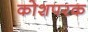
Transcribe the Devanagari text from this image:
कोशपरक